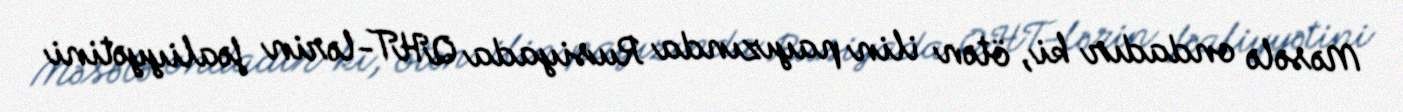
Məsələ ondadır ki, ötən ilin payızında Rusiyada QHT-lərin fəaliyyətini